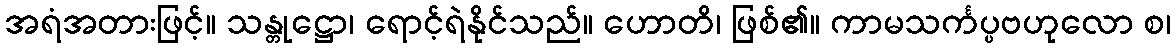
အရံအတားဖြင့်။ သန္တုဋ္ဌော၊ ရောင့်ရဲနိုင်သည်။ ဟောတိ၊ ဖြစ်၏။ ကာမသင်္ကပ္ပဗဟုလော စ၊